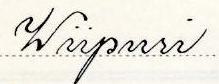
Wiipuri